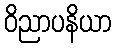
ဝိညာပနိယာ